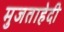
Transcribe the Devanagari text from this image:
मुजताहेदी